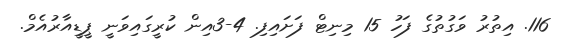
116. އިތުރު ވަގުތުގެ ފަހު 15 މިނިޓް ފަށައިފި. 4-3އިން ކުރީގައިވަނީ ޕީޑީއާރުއެމް.